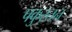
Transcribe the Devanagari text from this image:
पकुस्तन